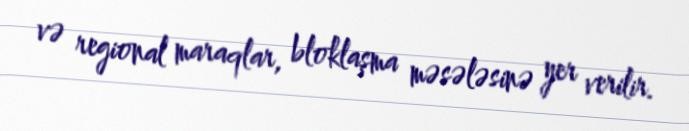
və regional maraqlar, bloklaşma məsələsinə yer verilir.